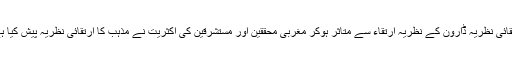
ارتقائی نظریہ ڈارون كے نظریہِ ارتقاء سے متاثر ہوكر مغربی محققین اور مستشرقین كی اكثریت نے مذہب كا ارتقائی نظریہ پیش كیا ہے۔